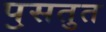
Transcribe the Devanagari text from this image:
पॖसतुत